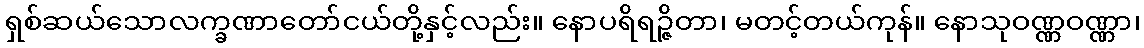
ရှစ်ဆယ်သောလက္ခဏာတော်ငယ်တို့နှင့်လည်း။ နောပရိရဉ္ဇိတာ၊ မတင့်တယ်ကုန်။ နောသုဝဏ္ဏဝဏ္ဏာ၊